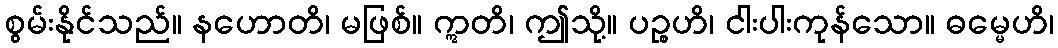
စွမ်းနိုင်သည်။ နဟောတိ၊ မဖြစ်။ ဣတိ၊ ဤသို့။ ပဉ္စဟိ၊ ငါးပါးကုန်သော။ ဓမ္မေဟိ၊